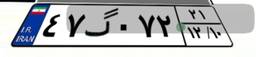
۴۷گ۰۷۲۲۱